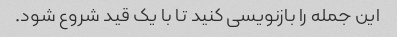
این جمله را بازنویسی کنید تا با یک قید شروع شود.